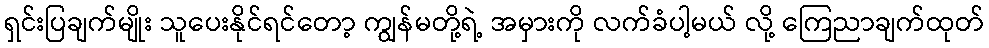
ရှင်းပြချက်မျိုး သူပေးနိုင်ရင်တော့ ကျွန်မတို့ရဲ့ အမှားကို လက်ခံပါ့မယ် လို့ ကြေညာချက်ထုတ်